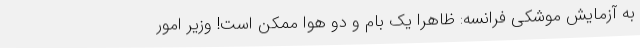
به آزمایش موشکی فرانسه: ظاهرا یک بام و دو هوا ممکن است! وزیر امور